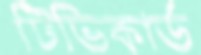
টিভিকার্ড